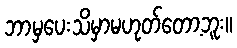
ဘာမှပေးသိမှာမဟုတ်တော့ဘူး။